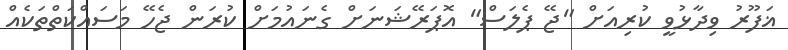
ޣަފޫރު ވިދާޅުވީ ކުރިއަށް "ޖޭ ޕެލަސް" އޮޕަރޭޝަނަށް ގެނައުމަށް ކުރަން ޖެހޭ މަސައްކަތްތަކެއް